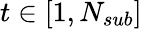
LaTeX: t\in[1,N_{sub}]